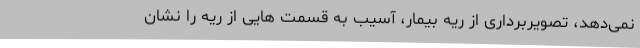
نمی‌دهد، تصویربرداری از ریه بیمار، آسیب به قسمت هایی از ریه را نشان